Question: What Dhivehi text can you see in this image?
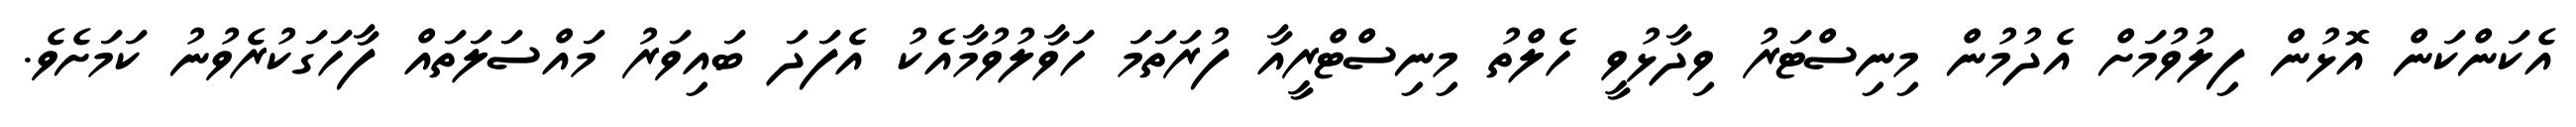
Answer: އެކަންކަން އޮޅުން ފިލުވުމަށް އެދުމުން މިނިސްޓަރު ވިދާޅުވީ ހެލްތު މިނިސްޓްރީއާ ފުރަތަމަ ހަވާލުވުމާއެކު އެފަދަ ބައިވަރު މައްސަލަތައް ފާހަގަކުރެވުނު ކަމަށެވެ.